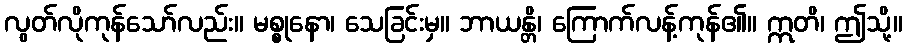
လွတ်လိုကုန်သော်လည်း။ မစ္စုနော၊ သေခြင်းမှ။ ဘာယန္တိ၊ ကြောက်လန့်ကုန်၏။ ဣတိ၊ ဤသို့။